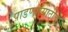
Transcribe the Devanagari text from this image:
पाडण्यासाठीचे